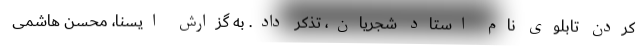
کردن تابلوی نام استاد شجریان، تذکر داد. به گزارش ایسنا، محسن هاشمی